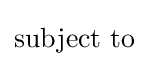
{\text{subject to}}